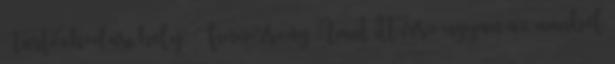
Tartózkodási hely: Finnország Amit itt írsz ugyan az amiből